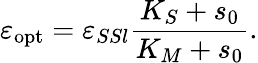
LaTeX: \varepsilon_{\mathrm{opt}}=\varepsilon_{SSl}\frac{K_{S}+s_{0}}{K_{M}+s_{0}}.